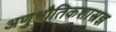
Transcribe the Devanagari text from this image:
अणुभौतिकशास्त्रज्ञ